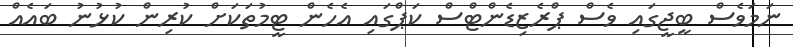
ނަމަވެސް ބީޖީގައި ވެސް ޕްރެޒިޑެންޓްސް ކަޕްގައި އެހެން ޓީމުތަކަށް ކުރިން ކުޅުނު ބައެއް